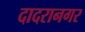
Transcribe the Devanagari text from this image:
दादरानगर